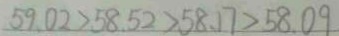
5 9 . 0 2 > 5 8 . 5 2 > 5 8 . 1 7 > 5 8 . 0 9